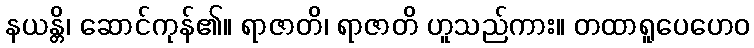
နယန္တိ၊ ဆောင်ကုန်၏။ ရာဇာတိ၊ ရာဇာတိ ဟူသည်ကား။ တထာရူပေဟေဝ